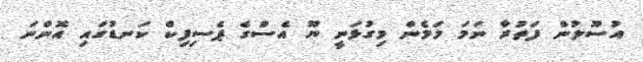
އުސޫލުން ފަތުރާ ނަމަ މަމެން މިގުޅަނީ ޔޫ އެސްގެ ޕެސިފިކް ކަނޑުގައި އޮންނަ